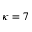
\kappa = 7